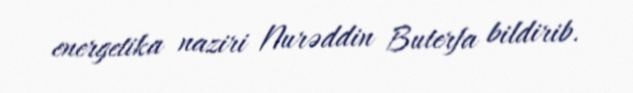
energetika naziri Nurəddin Buterfa bildirib.